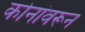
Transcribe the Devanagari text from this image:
कोनांवरून